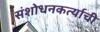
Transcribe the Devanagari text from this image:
संशोधनकर्त्याची